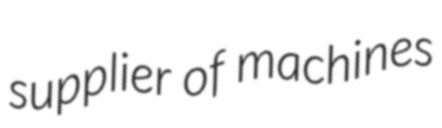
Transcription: supplier of machines